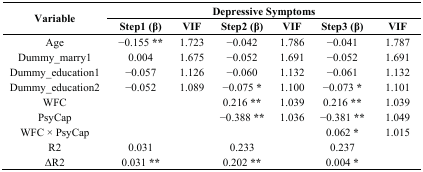
<table><thead><tr><td rowspan="2"><b>Variable</b></td><td colspan="6"><b>Depressive Symptoms</b></td></tr><tr><td><b>Step1 (β)</b></td><td><b>VIF</b></td><td><b>Step2 (β)</b></td><td><b>VIF</b></td><td><b>Step3 (β)</b></td><td><b>VIF</b></td></tr></thead><tbody><tr><td>Age</td><td>−0.155 <b>**</b></td><td>1.723</td><td>−0.042</td><td>1.786</td><td>−0.041</td><td>1.787</td></tr><tr><td>Dummy_marry1</td><td>0.004</td><td>1.675</td><td>−0.052</td><td>1.691</td><td>−0.052</td><td>1.691</td></tr><tr><td>Dummy_education1</td><td>−0.057</td><td>1.126</td><td>−0.060</td><td>1.132</td><td>−0.061</td><td>1.132</td></tr><tr><td>Dummy_education2</td><td>−0.052</td><td>1.089</td><td>−0.075 <b>*</b></td><td>1.100</td><td>−0.073 <b>*</b></td><td>1.101</td></tr><tr><td>WFC</td><td></td><td></td><td>0.216 <b>**</b></td><td>1.039</td><td>0.216 <b>**</b></td><td>1.039</td></tr><tr><td>PsyCap</td><td></td><td></td><td>−0.388 <b>**</b></td><td>1.036</td><td>−0.381 <b>**</b></td><td>1.049</td></tr><tr><td>WFC × PsyCap</td><td></td><td></td><td></td><td></td><td>0.062 <b>*</b></td><td>1.015</td></tr><tr><td>R2</td><td>0.031</td><td></td><td>0.233</td><td></td><td>0.237</td><td></td></tr><tr><td>ΔR2</td><td>0.031 <b>**</b></td><td></td><td>0.202 <b>**</b></td><td></td><td>0.004 <b>*</b></td><td></td></tr></tbody></table>